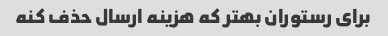
برای رستوران بهتر که هزینه ارسال حذف کنه